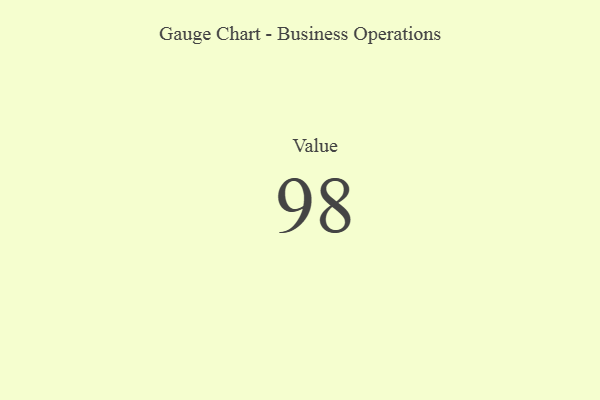
{"axis": {"x": "Metric", "y": "Value"}, "legend": [""], "data": [{"x": "Value", "y": 98, "type": ""}]}